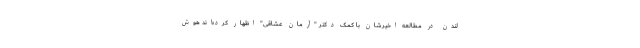
لندن در مطالعه اخیرشان با کمک دکتر "آرمان عشاقی" اظهار کرده‌اند هوش